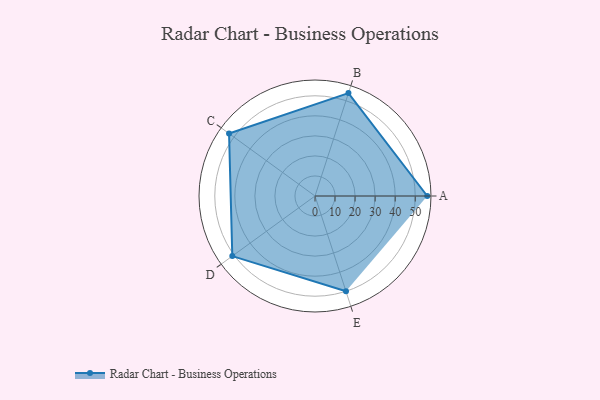
{"axis": {"x": "Skill", "y": "Score"}, "legend": ["Profile"], "data": [{"x": "A", "y": 56.0, "type": "Profile"}, {"x": "B", "y": 54.0, "type": "Profile"}, {"x": "C", "y": 53.0, "type": "Profile"}, {"x": "D", "y": 51.0, "type": "Profile"}, {"x": "E", "y": 50.0, "type": "Profile"}]}